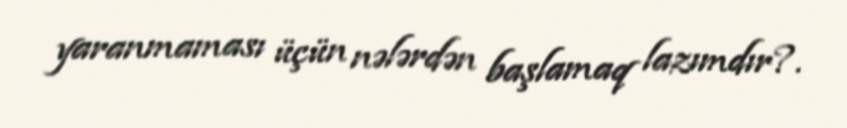
yaranmaması üçün nələrdən başlamaq lazımdır?.